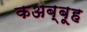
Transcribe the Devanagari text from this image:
कअब्बूह